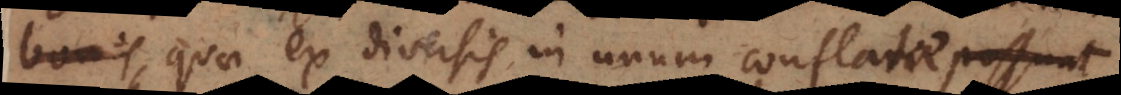
opibus, quae ex diversis in unum conflatae